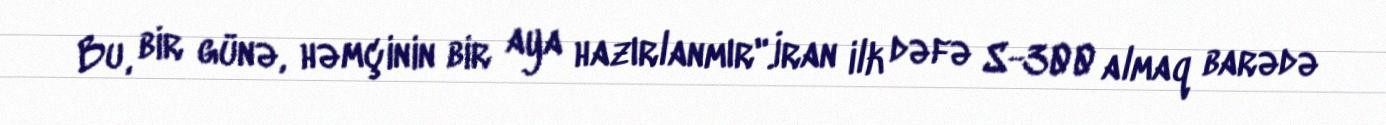
Bu, bir günə, həmçinin bir aya hazırlanmır".İran ilk dəfə S-300 almaq barədə